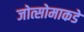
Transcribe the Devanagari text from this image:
जोत्सोमाकडे